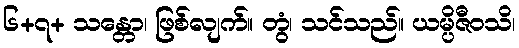
၆+၇+ သန္တော၊ ဖြစ်လျက်။ တွံ၊ သင်သည်။ ယမ္ပိဇီဝသိ၊